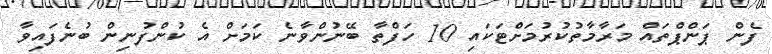
ފެން ޕަންޕްތައް މަރާމާތުކުރުމަށްޓަކައި 10 ހަފްތާ ބޭނުންވާނެ ކަަމަށް އެ ކުންފުނިން ބުނެފައިވާ